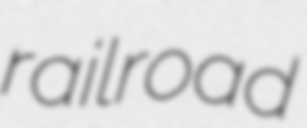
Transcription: railroad